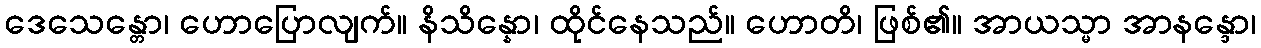
ဒေသေန္တော၊ ဟောပြောလျက်။ နိသိန္နော၊ ထိုင်နေသည်။ ဟောတိ၊ ဖြစ်၏။ အာယသ္မာ အာနန္ဒော၊